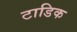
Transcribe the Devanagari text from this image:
टाडिक